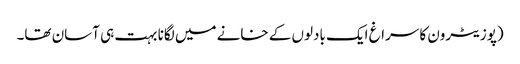
(پوزیٹرون کا سراغ ایک بادلوں کے خانے میں لگانا بہت ہی آسان تھا۔